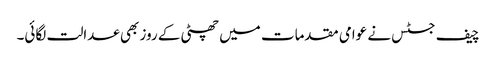
چیف جسٹس نے عوامی مقدمات میں چھٹی کے روز بھی عدالت لگائی۔